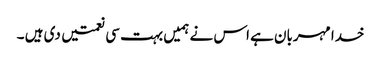
خدا مہربان ہے اس نے ہمیں بہت سی نعمتیں دی ہیں ۔